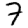
Digit: 7